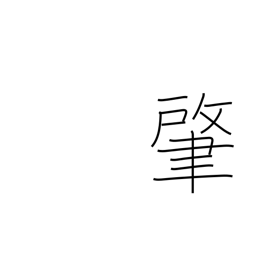
Meaning: beginning